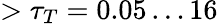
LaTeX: >\tau_{T}=0.05\dots 16